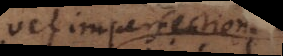
et imperfectio